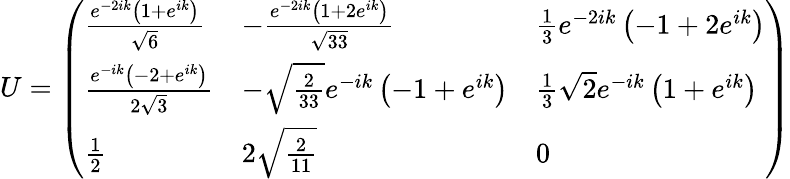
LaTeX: \begin{array}{r}{U=\left(\begin{array}{lll}{\frac{e^{-2ik}\left(1+e^{ik}\right)}{\sqrt{6}}}&{-\frac{e^{-2ik}\left(1+2e^{ik}\right)}{\sqrt{33}}}&{\frac{1}{3}e^{-2ik}\left(-1+2e^{ik}\right)}\\ {\frac{e^{-ik}\left(-2+e^{ik}\right)}{2\sqrt{3}}}&{-\sqrt{\frac{2}{33}}e^{-ik}\left(-1+e^{ik}\right)}&{\frac{1}{3}\sqrt{2}e^{-ik}\left(1+e^{ik}\right)}\\ {\frac{1}{2}}&{2\sqrt{\frac{2}{11}}}&{0}\end{array}\right)}\end{array}